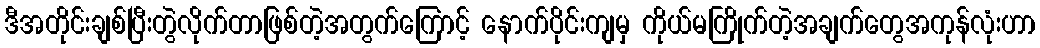
ဒီအတိုင်းချစ်ပြီးတွဲလိုက်တာဖြစ်တဲ့အတွက်ကြောင့် နောက်ပိုင်းကျမှ ကိုယ်မကြိုက်တဲ့အချက်တွေအကုန်လုံးဟာ